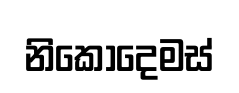
නිකොදෙමස්